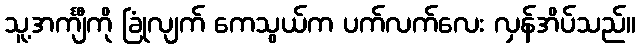
သူ့အင်္ကျီကို ခြုံလျက် ကေသွယ်က ပက်လက်လေး လှန်အိပ်သည်။